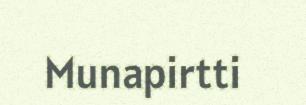
Munapirtti